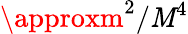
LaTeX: \approxm^{2}/\mathit{M}^{4}